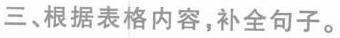
三、根据表格内容，补全句子。